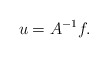
\begin{align*}u=A^{-1}f.\end{align*}